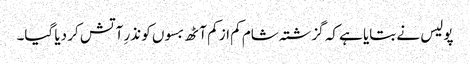
پولیس نے بتایا ہے کہ گزشتہ شام کم از کم آٹھ بسوں کو نذرِ آتش کر دیا گیا۔